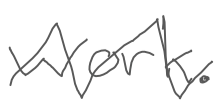
Text: work.
Cross-out: zig-zag
Writing tool: digital_gray